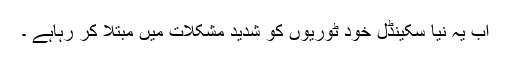
اب یہ نیا سکینڈل خود ٹوریوں کو شدید مشکلات میں مبتلا کر رہاہے ۔